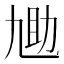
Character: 𫦬